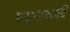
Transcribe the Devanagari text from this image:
पशुपाशादि